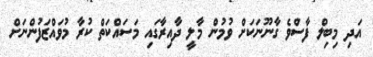
އަދި މިބިލް ފާސްވެ ގާނޫނަކަށް ވުމުން މާލީ ދާއިރާގައި މަސައްކަތް ކުރާ މުވައްޒަފުންނަށް